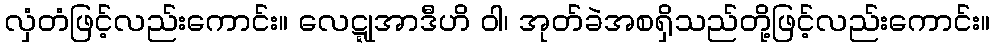
လှံတံဖြင့်လည်းကောင်း။ လေဋ္ဋုအာဒီဟိ ဝါ၊ အုတ်ခဲအစရှိသည်တို့ဖြင့်လည်းကောင်း။